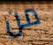
من